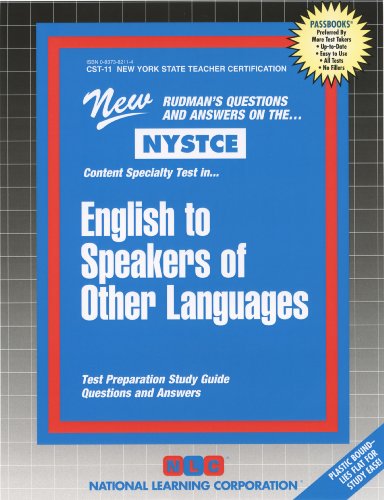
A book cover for English to Speakers of Other Languages (NYS Teacher Certification) (Passbooks); Passbooks; Test Preparation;